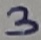
Text: 3